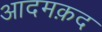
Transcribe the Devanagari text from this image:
आदमक़द